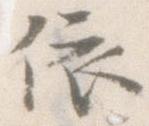
依